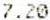
7.20